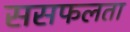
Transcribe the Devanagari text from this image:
ससफलता